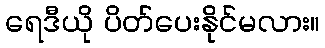
ရေဒီယို ပိတ်ပေးနိုင်မလား။